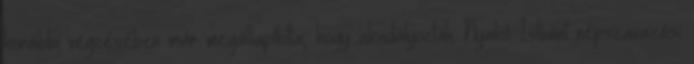
korábbi végzésében már megállapította, hogy akadályozták Nyakó Istvánt népszavazási